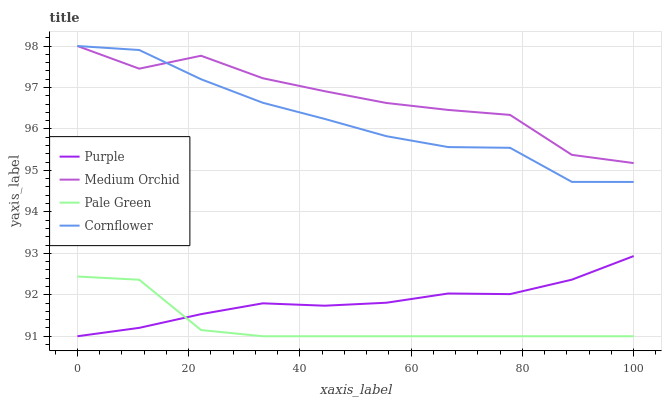
| xaxis_label | Purple | Medium Orchid | Pale Green | Cornflower |
 | --- | --- | --- | --- | --- |
 | 0 | 91 | 98 | 92.4 | 98 |
 | 11.1 | 91.2 | 97.5 | 92.4 | 97.9 |
 | 22.2 | 91.5 | 97.8 | 91.1 | 97.2 |
 | 33.3 | 91.8 | 97.2 | 91 | 96.6 |
 | 44.4 | 91.7 | 96.9 | 91 | 96.2 |
 | 55.6 | 91.8 | 96.6 | 91 | 95.8 |
 | 66.7 | 92 | 96.5 | 91 | 95.6 |
 | 77.8 | 92 | 96.3 | 91 | 95.5 |
 | 88.9 | 92.4 | 95.4 | 91 | 94.7 |
 | 100 | 92.9 | 95.2 | 91 | 94.7 |